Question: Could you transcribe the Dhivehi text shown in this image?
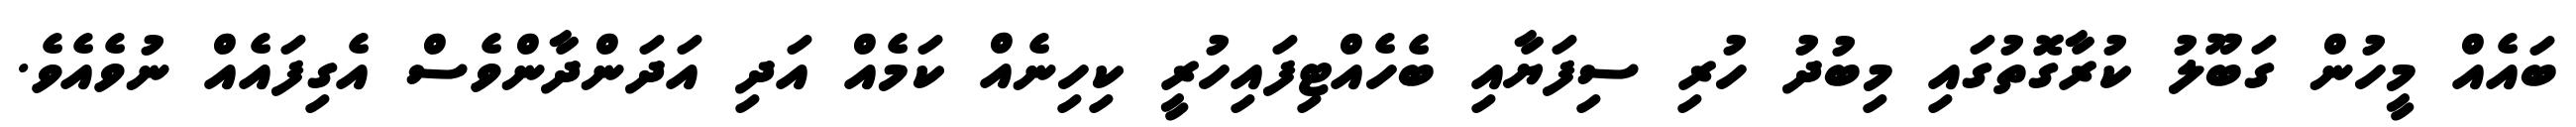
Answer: ބައެއް މީހުން ގަބޫލު ކުރާގޮތުގައި މިބުދު ހުރި ސިފަޔާއި ބެހެއްޓިފައިހުރީ ކިހިނެއް ކަމެއް އަދި އަދަންދާންވެސް އެގިފައެއް ނުވެއެވެ.